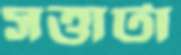
সত্তাটা